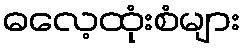
ဓလေ့ထုံးစံများ